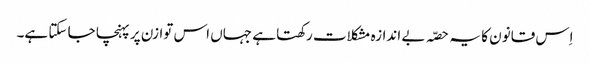
اِس قانون کا یہ حصّہ بے اندازہ مشکلات رکھتا ہے جہاں اس توازن پر پہنچا جا سکتا ہے۔